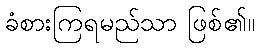
ခံစားကြရမည်သာ ဖြစ်၏။